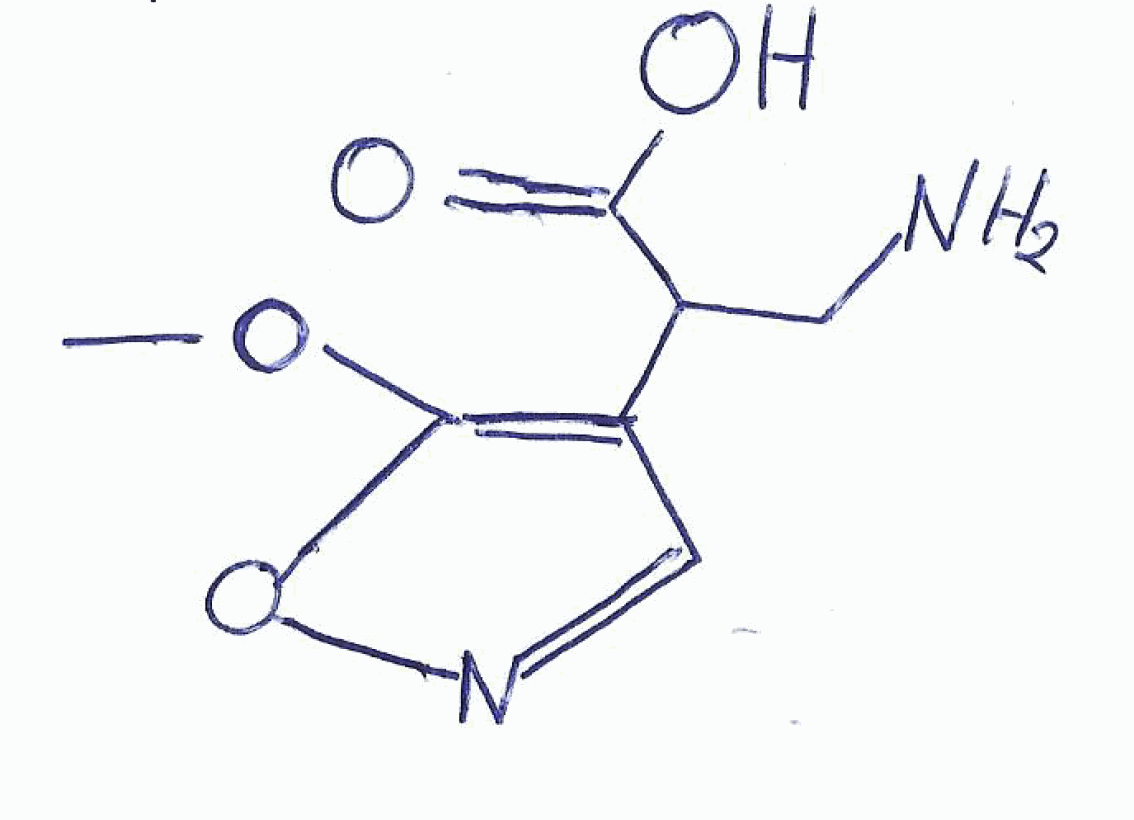
Simplified molecular-input line-entry system (SMILES) notation of the given molecule:
COC1=C(C=NO1)C(CN)C(=O)O